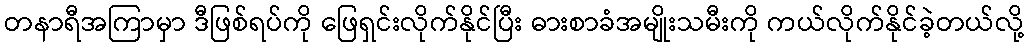
တနာရီအကြာမှာ ဒီဖြစ်ရပ်ကို ဖြေရှင်းလိုက်နိုင်ပြီး ဓားစာခံအမျိုးသမီးကို ကယ်လိုက်နိုင်ခဲ့တယ်လို့